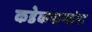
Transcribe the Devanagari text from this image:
कडेकपाऱ्यांना